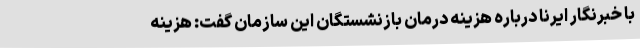
با خبرنگار ایرنا درباره هزینه درمان بازنشستگان این سازمان گفت: هزینه